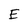
Character: E